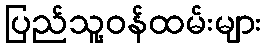
ပြည်သူ့ဝန်ထမ်းများ